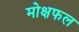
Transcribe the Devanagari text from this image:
मोक्षफल